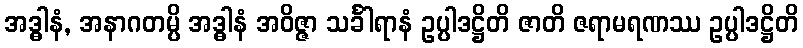
အဒ္ဓါနံ, အနာဂတမ္ပိ အဒ္ဓါနံ အဝိဇ္ဇာ သင်္ခါရာနံ ဥပ္ပါဒဋ္ဌိတိ ဇာတိ ဇရာမရဏဿ ဥပ္ပါဒဋ္ဌိတိ